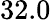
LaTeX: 32.0